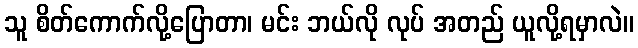
သူ စိတ်ကောက်လို့ပြောတာ၊ မင်း ဘယ်လို လုပ် အတည် ယူလို့ရမှာလဲ။